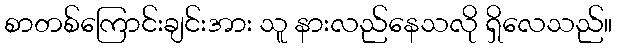
စာတစ်ကြောင်းချင်းအား သူ နားလည်နေသလို ရှိလေသည်။